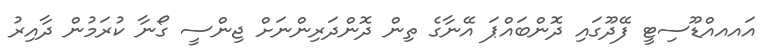
އައއއްޑޫސިޓީ ފޭދޫގައި ދޮންބައްޕަ އޭނާގެ ތިން ދޮންދަރިންނަށް ޖިންސީ ގޯނާ ކުރަމުން ދާއިރު